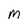
Character: m